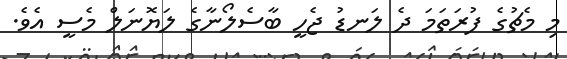
މި މެޗުގެ ފުރަތަމަ ދެ ލަނޑު ޖެހީ ބާސެލޯނާގެ ލަޔޮނަލް މެސީ އެވެ.